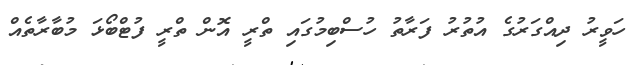
ހަވީރު ދިއްގަރުގެ އުތުރު ފަރާތު ހުސްބިމުގައި ތްރީ އޮން ތްރީ ފުޓްބޯޅަ މުބާރާތެއް